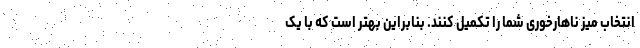
انتخاب میز ناهارخوری شما را تکمیل کنند. بنابراین بهتر است که با یک